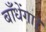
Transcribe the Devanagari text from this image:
बाँधेंगा।